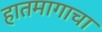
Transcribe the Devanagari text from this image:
हातमागाचा